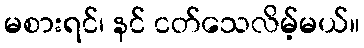
မစားရင်၊ နင် ငတ်သေလိမ့်မယ်။